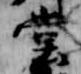
堂